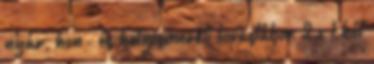
nyár, hon- és helyismereti lovastábor 2 x 1 hét